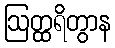
ဩတ္ထရိတွာန